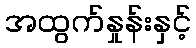
အထွက်နှုန်းနှင့်